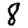
Digit: 8